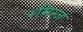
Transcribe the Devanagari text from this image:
रमिन्ज